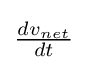
{\tfrac {dv_{net}}{dt}}